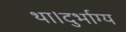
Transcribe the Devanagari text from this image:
था।दुर्भाग्य